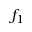
f _ { 1 }